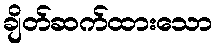
ချိတ်ဆက်ထားသော